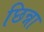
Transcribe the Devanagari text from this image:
छिन्ना